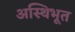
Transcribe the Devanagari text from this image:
अस्थिभूत